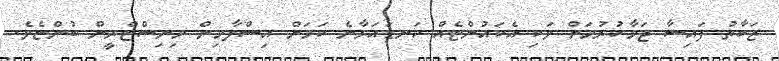
ޒަކާތު ފައިސާ ޖަމާކުރުމަށް ވަކި އެކައުންޓެއް ކަނޑައަޅާނެ ކަަމަށް އިސްލާމިން މިނިސްޓްރީން ބުންޏެވެ.